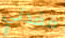
فقدتي